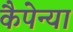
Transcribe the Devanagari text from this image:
कैपेन्या